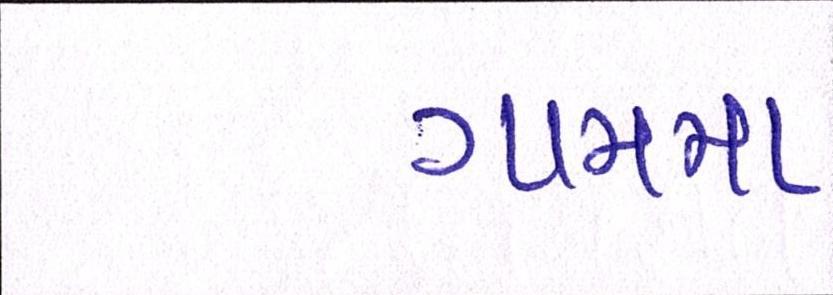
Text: ગામમા